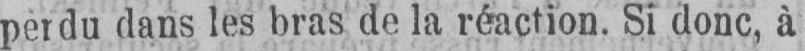
perdu dans les bras de la réaction. Si donc, à